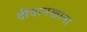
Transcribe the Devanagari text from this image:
दीवानखाना